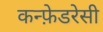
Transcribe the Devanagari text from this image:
कन्फ़ेडरेसी